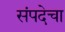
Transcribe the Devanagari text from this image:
संपदेचा